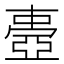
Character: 𠁕